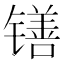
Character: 䦅